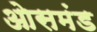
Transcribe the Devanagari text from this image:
ओसमंड